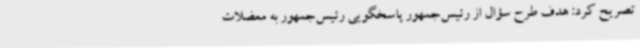
تصریح کرد: هدف طرح سؤال از رئیس‌جمهور پاسخگویی رئیس‌جمهور به معضلات